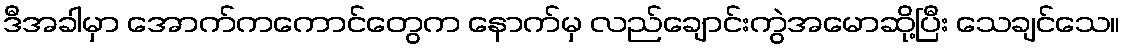
ဒီအခါမှာ အောက်ကကောင်တွေက နောက်မှ လည်ချောင်းကွဲအမောဆို့ပြီး သေချင်သေ။